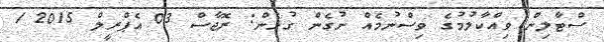
ސްޓާލިން ވިއްކާލުމުގެ ވިސްނުމެއް ނުގެން ގުޅެން: ރޮޖާސް 03 އެޕްރީލް 2015 1